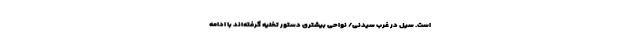
است. سیل در غرب سیدنی/ نواحی بیشتری دستور تخلیه گرفته‌اند با ادامه